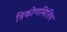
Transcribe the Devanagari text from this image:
त्रिकोणमित्तिय